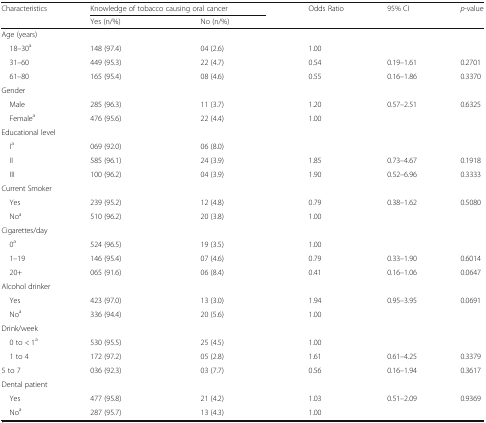
<table><thead><tr><td rowspan="2"><b>Characteristics</b></td><td colspan="2"><b>Knowledge of tobacco causing oral cancer</b></td><td><b>Odds Ratio</b></td><td><b>95% CI</b></td><td><b><i>p</i>-value</b></td></tr><tr><td><b>Yes (n/%)</b></td><td><b>No (n/%)</b></td><td></td><td></td><td></td></tr></thead><tbody><tr><td colspan="5">Age (years)</td><td></td></tr><tr><td> 18–30<sup>a</sup></td><td>148 (97.4)</td><td>04 (2.6)</td><td>1.00</td><td></td><td></td></tr><tr><td> 31–60</td><td>449 (95.3)</td><td>22 (4.7)</td><td>0.54</td><td>0.19–1.61</td><td>0.2701</td></tr><tr><td> 61–80</td><td>165 (95.4)</td><td>08 (4.6)</td><td>0.55</td><td>0.16–1.86</td><td>0.3370</td></tr><tr><td colspan="5">Gender</td><td></td></tr><tr><td> Male</td><td>285 (96.3)</td><td>11 (3.7)</td><td>1.20</td><td>0.57–2.51</td><td>0.6325</td></tr><tr><td> Female<sup>a</sup></td><td>476 (95.6)</td><td>22 (4.4)</td><td>1.00</td><td></td><td></td></tr><tr><td colspan="5">Educational level</td><td></td></tr><tr><td> I<sup>a</sup></td><td>069 (92.0)</td><td>06 (8.0)</td><td></td><td></td><td></td></tr><tr><td> II</td><td>585 (96.1)</td><td>24 (3.9)</td><td>1.85</td><td>0.73–4.67</td><td>0.1918</td></tr><tr><td> III</td><td>100 (96.2)</td><td>04 (3.9)</td><td>1.90</td><td>0.52–6.96</td><td>0.3333</td></tr><tr><td colspan="5">Current Smoker</td><td></td></tr><tr><td> Yes</td><td>239 (95.2)</td><td>12 (4.8)</td><td>0.79</td><td>0.38–1.62</td><td>0.5080</td></tr><tr><td> No<sup>a</sup></td><td>510 (96.2)</td><td>20 (3.8)</td><td>1.00</td><td></td><td></td></tr><tr><td colspan="5">Cigarettes/day</td><td></td></tr><tr><td> 0<sup>a</sup></td><td>524 (96.5)</td><td>19 (3.5)</td><td>1.00</td><td></td><td></td></tr><tr><td> 1–19</td><td>146 (95.4)</td><td>07 (4.6)</td><td>0.79</td><td>0.33–1.90</td><td>0.6014</td></tr><tr><td> 20+</td><td>065 (91.6)</td><td>06 (8.4)</td><td>0.41</td><td>0.16–1.06</td><td>0.0647</td></tr><tr><td colspan="5">Alcohol drinker</td><td></td></tr><tr><td> Yes</td><td>423 (97.0)</td><td>13 (3.0)</td><td>1.94</td><td>0.95–3.95</td><td>0.0691</td></tr><tr><td> No<sup>a</sup></td><td>336 (94.4)</td><td>20 (5.6)</td><td>1.00</td><td></td><td></td></tr><tr><td colspan="5">Drink/week</td><td></td></tr><tr><td> 0 to &lt; 1<sup>a</sup></td><td>530 (95.5)</td><td>25 (4.5)</td><td>1.00</td><td></td><td></td></tr><tr><td> 1 to 4</td><td>172 (97.2)</td><td>05 (2.8)</td><td>1.61</td><td>0.61–4.25</td><td>0.3379</td></tr><tr><td>5 to 7</td><td>036 (92.3)</td><td>03 (7.7)</td><td>0.56</td><td>0.16–1.94</td><td>0.3617</td></tr><tr><td colspan="6">Dental patient</td></tr><tr><td> Yes</td><td>477 (95.8)</td><td>21 (4.2)</td><td>1.03</td><td>0.51–2.09</td><td>0.9369</td></tr><tr><td> No<sup>a</sup></td><td>287 (95.7)</td><td>13 (4.3)</td><td>1.00</td><td></td><td></td></tr></tbody></table>